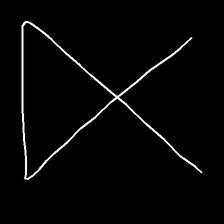
Glyph: collection